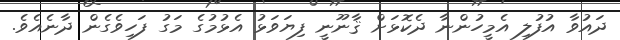
ދައުވާ އުފުލި އެމީހުންނާ ދެކޮޅަށް ޤާނޫނީ ފިޔަވަޅު އެޅުމުގެ މަގު ފަހިވެގެން ދާނެއެވެ.